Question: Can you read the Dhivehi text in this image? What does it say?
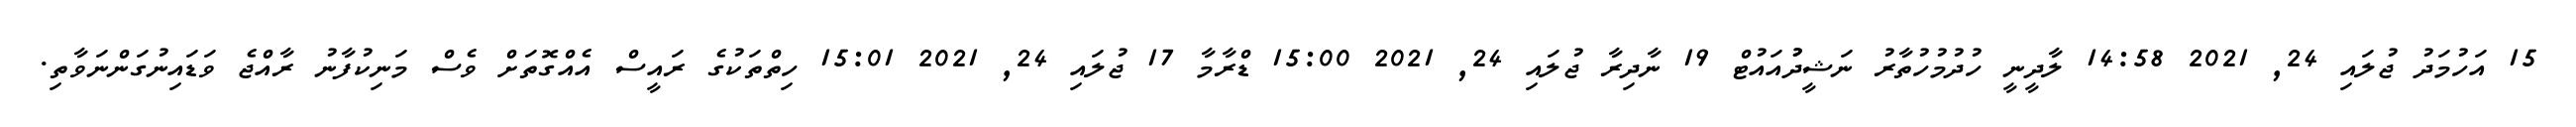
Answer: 15 އަހުމަދު ޖުލައި 24, 2021 14:58 ލާދީނީ ހުދުމުހުތާރު ނަޝީދުުއައުޓް 19 ނާދިރާ ޖުލައި 24, 2021 15:00 ޑްރާމާ 17 ޖުލައި 24, 2021 15:01 ހިތްތަކުގެ ރައީސް އެއްގޮތަށް ވެސް މަނިކުފާނު ރާއްޖެ ވަޑައިނުގަންނަވާތި.